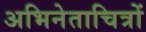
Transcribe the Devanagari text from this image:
अभिनेताचित्रों